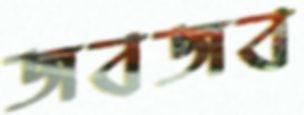
জবজব